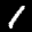
Label: 1